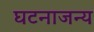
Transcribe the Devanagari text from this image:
घटनाजन्य